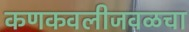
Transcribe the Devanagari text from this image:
कणकवलीजवळचा